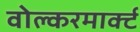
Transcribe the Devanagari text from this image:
वोल्करमार्क्ट